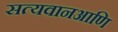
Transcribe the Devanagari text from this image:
सत्यवानआणि